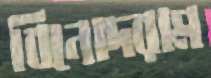
বিনোদরাম